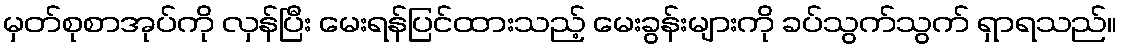
မှတ်စုစာအုပ်ကို လှန်ပြီး မေးရန်ပြင်ထားသည့် မေးခွန်းများကို ခပ်သွက်သွက် ရှာရသည်။